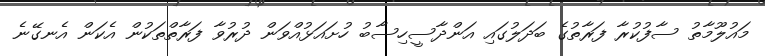
މައުލޫމާތު ސާފުކުރާ ފަރާތުގެ ބަދަލުގައި އަންދާސީހިސާބު ހުށައަޅުއްވަން ދުރުވާ ފަރާތްތަކުން އެކަން އެނގޭނެ